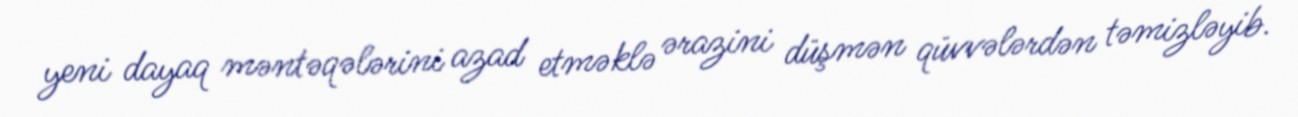
yeni dayaq məntəqələrini azad etməklə ərazini düşmən qüvvələrdən təmizləyib.